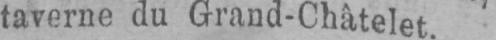
taverne du Grand-Chàtelet.